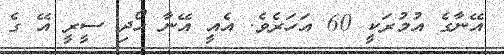
އޭނާގެ އުމުރަކީ 60 އަހަރެވެ. އެއީ އޭނާ ހޯދި ސީރީ އޭ ގެ